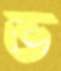
ভ